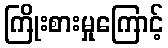
ကြိုးစားမှုကြောင့်